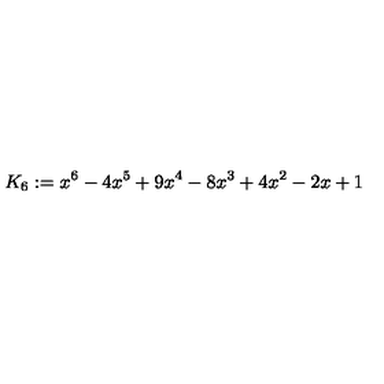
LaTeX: K _ { 6 } : = x ^ { 6 } - 4 x ^ { 5 } + 9 x ^ { 4 } - 8 x ^ { 3 } + 4 x ^ { 2 } - 2 x + 1